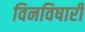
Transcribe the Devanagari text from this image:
विनविषारी